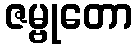
ဇမ္ဗုတော